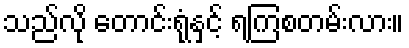
သည်လို တောင်းရုံနှင့် ရကြစတမ်းလား။